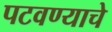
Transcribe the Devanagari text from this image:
पटवण्याचे